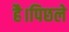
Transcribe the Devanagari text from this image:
है।पिछले